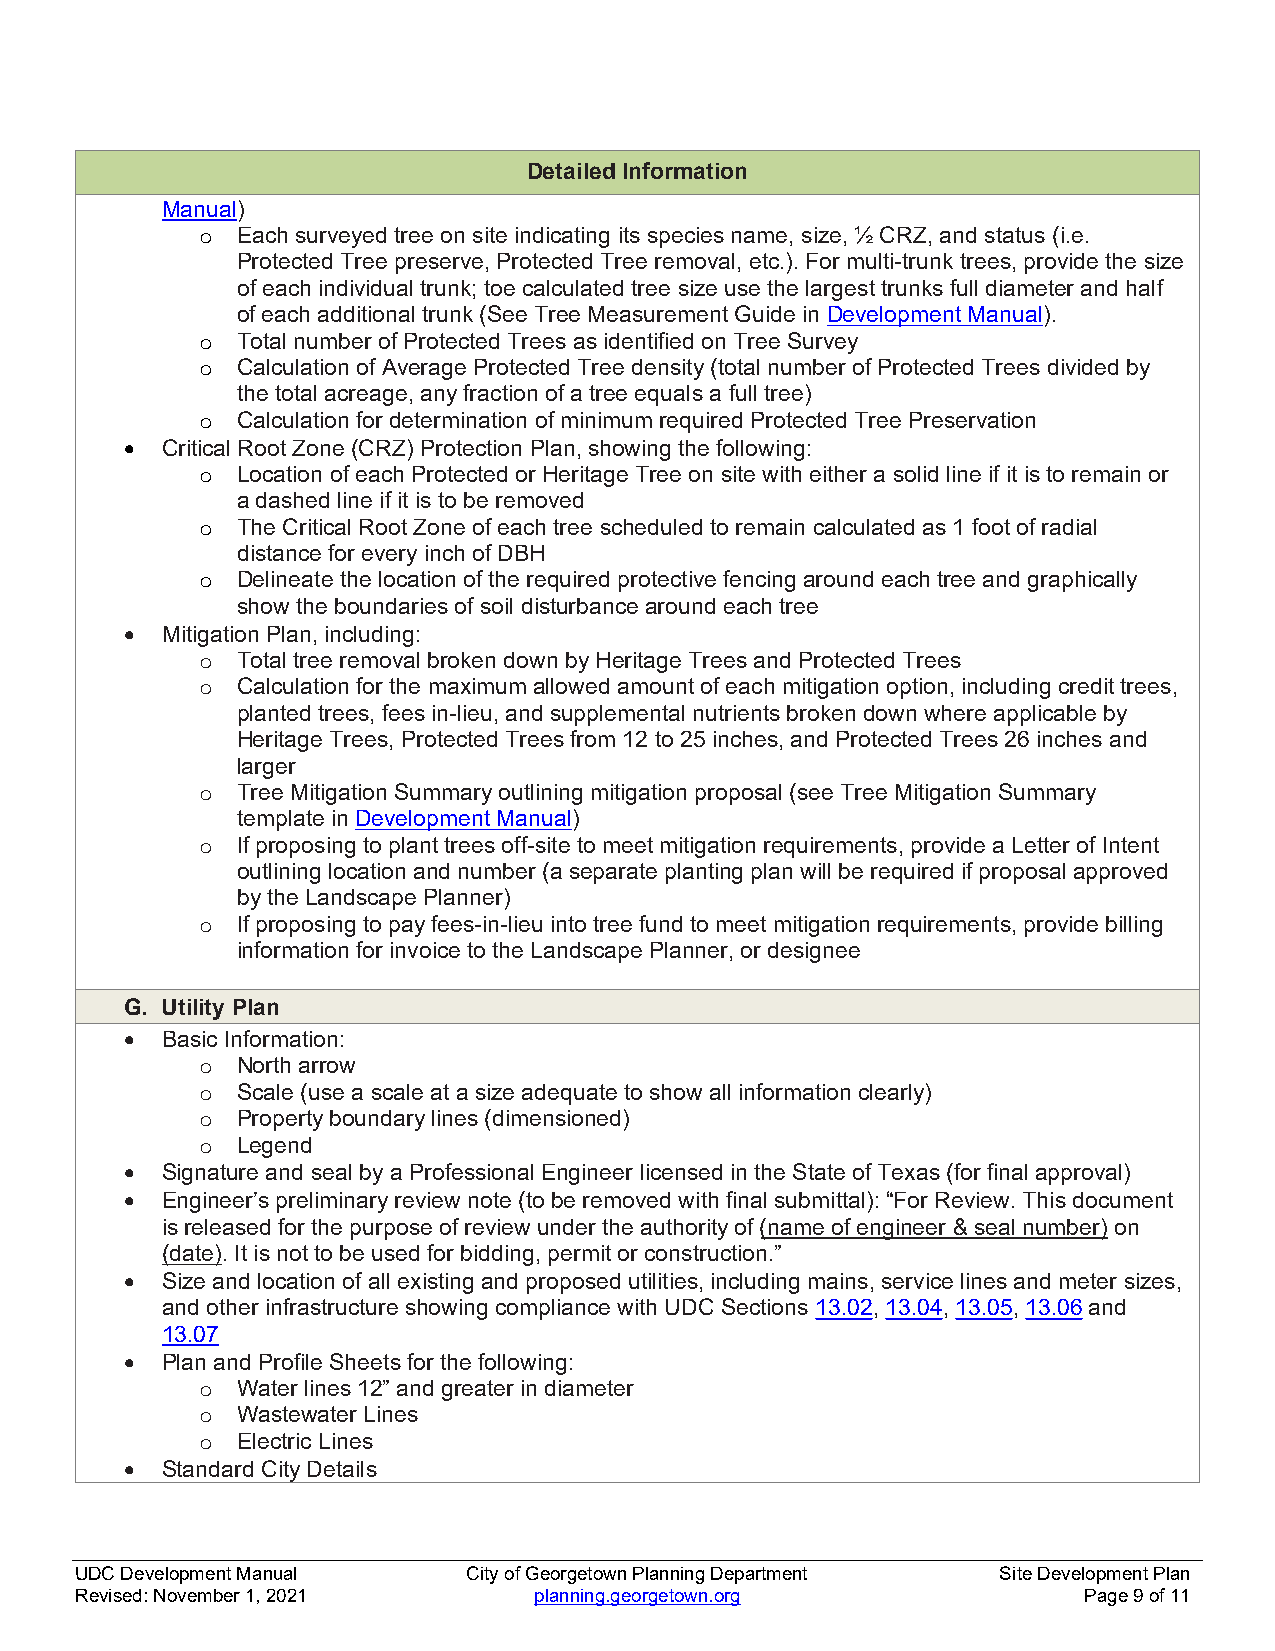
Detailed Information
 Manual)
 o  Each surveyed tree on site indicating its species name, size, ½ CRZ, and status (i.e.
 Protected Tree preserve, Protected Tree removal, etc.). For multi-trunk trees, provide the size
 of each individual trunk; toe calculated tree size use the largest trunks full diameter and half
 of each additional trunk (See Tree Measurement Guide in Development Manual).
 o  Total number of Protected Trees as identified on Tree Survey
 o  Calculation of Average Protected Tree density (total number of Protected Trees divided by
 the total acreage, any fraction of a tree equals a full tree)
 o  Calculation for determination of minimum required Protected Tree Preservation
   Critical Root Zone (CRZ) Protection Plan, showing the following:
 o  Location of each Protected or Heritage Tree on site with either a solid line if it is to remain or
 a dashed line if it is to be removed
 o  The Critical Root Zone of each tree scheduled to remain calculated as 1 foot of radial
 distance for every inch of DBH
 o  Delineate the location of the required protective fencing around each tree and graphically
 show the boundaries of soil disturbance around each tree
   Mitigation Plan, including:
 o  Total tree removal broken down by Heritage Trees and Protected Trees
 o  Calculation for the maximum allowed amount of each mitigation option, including credit trees,
 planted trees, fees in-lieu, and supplemental nutrients broken down where applicable by
 Heritage Trees, Protected Trees from 12 to 25 inches, and Protected Trees 26 inches and
 larger
 o  Tree Mitigation Summary outlining mitigation proposal (see Tree Mitigation Summary
 template in Development Manual)
 o  If proposing to plant trees off-site to meet mitigation requirements, provide a Letter of Intent
 outlining location and number (a separate planting plan will be required if proposal approved
 by the Landscape Planner)
 o  If proposing to pay fees-in-lieu into tree fund to meet mitigation requirements, provide billing
 information for invoice to the Landscape Planner, or designee
 G. Utility Plan
   Basic Information:
 o  North arrow
 o  Scale (use a scale at a size adequate to show all information clearly)
 o  Property boundary lines (dimensioned)
 o  Legend
   Signature and seal by a Professional Engineer licensed in the State of Texas (for final approval)
   Engineer’s preliminary review note (to be removed with final submittal): “For Review. This document
 is released for the purpose of review under the authority of (name of engineer & seal number) on
 (date). It is not to be used for bidding, permit or construction.”
   Size and location of all existing and proposed utilities, including mains, service lines and meter sizes,
 and other infrastructure showing compliance with UDC Sections 13.02, 13.04, 13.05, 13.06 and
 13.07
   Plan and Profile Sheets for the following:
 o  Water lines 12” and greater in diameter
 o  Wastewater Lines
 o  Electric Lines
   Standard City Details
 UDC Development Manual    City of Georgetown Planning Department Site Development Plan
 Revised: November 1, 2021     planning.georgetown.org              Page 9 of 11